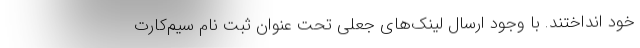
خود انداختند. با وجود ارسال لینک‌های جعلی تحت عنوان ثبت نام سیم‌کارت